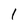
Character: l